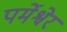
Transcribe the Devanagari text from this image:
पर्मेश्वेर